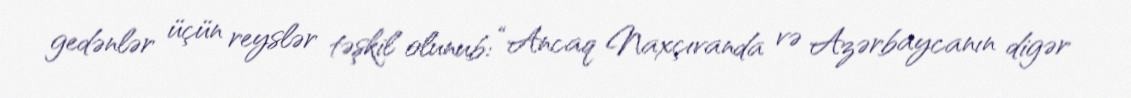
gedənlər üçün reyslər təşkil olunub: “Ancaq Naxçıvanda və Azərbaycanın digər